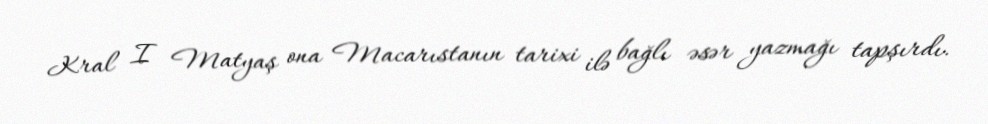
Kral I Matyaş ona Macarıstanın tarixi ilə bağlı əsər yazmağı tapşırdı.